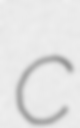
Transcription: c